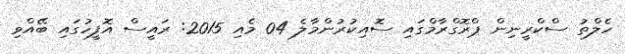
ހެލްތު ސްކްރީނިން ޕްރޮގްރާމްގައި ސޮއިކުރުންމާލެ 04 މެއި 2015: ރައީސް އޮފީހުގައި ބޭއްވި